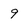
Character: 9